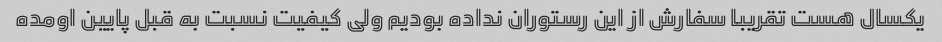
یکسال هست تقریبا سفارش از این رستوران نداده بودیم ولی کیفیت نسبت به قبل پایین اومده